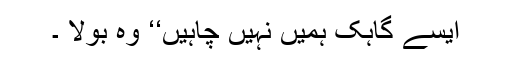
ایسے گاہک ہمیں نہیں چاہیں‘‘ وہ بولا ۔